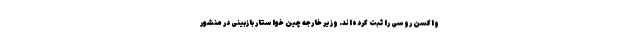
واکسن روسی را ثبت کرده‌اند. وزیر خارجه چین خواستار بازبینی در منشور